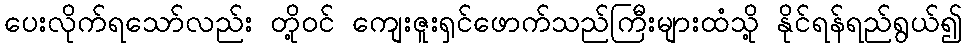
ပေးလိုက်ရသော်လည်း တို့ဝင် ကျေးဇူးရှင်ဖောက်သည်ကြီးများထံသို့ နိုင်ရန်ရည်ရွယ်၍